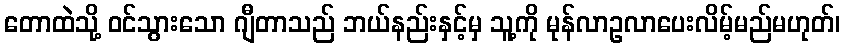
တောထဲသို့ ဝင်သွားသော ဂျီတာသည် ဘယ်နည်းနှင့်မှ သူ့ကို မုန်လာဥလာပေးလိမ့်မည်မဟုတ်၊